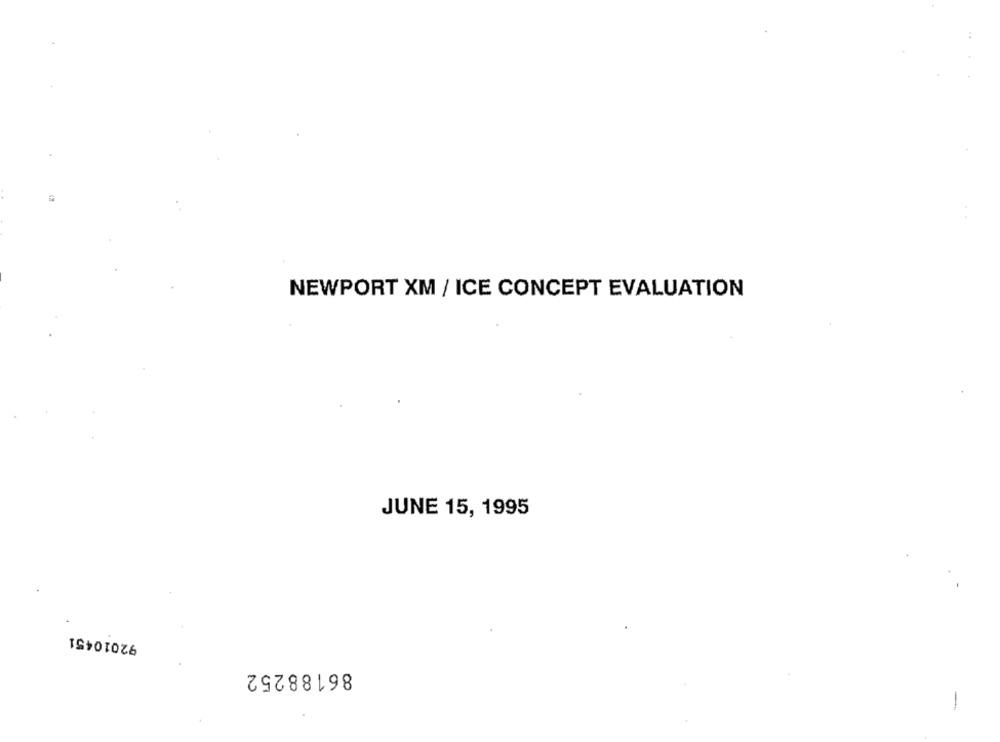
NEWPORT XM / ICE CONCEPT EVALUATION
JUNE 15, 1995
92010451
86188252
-